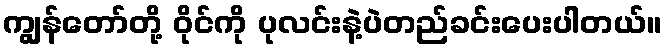
ကျွန်တော်တို့ ဝိုင်ကို ပုလင်းနဲ့ပဲတည်ခင်းပေးပါတယ်။